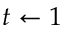
t \gets 1